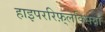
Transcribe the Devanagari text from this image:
हाइपररिफ़्लेक्सिया